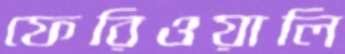
ফেরিওয়ালি